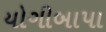
યોગીબાપા